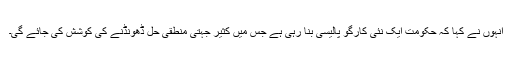
انہوں نے کہا کہ حکومت ایک نئی کارگو پالیسی بنا رہی ہے جس میں کثیر جہتی منطقی حل ڈھونڈنے کی کوشش کی جائے گی۔